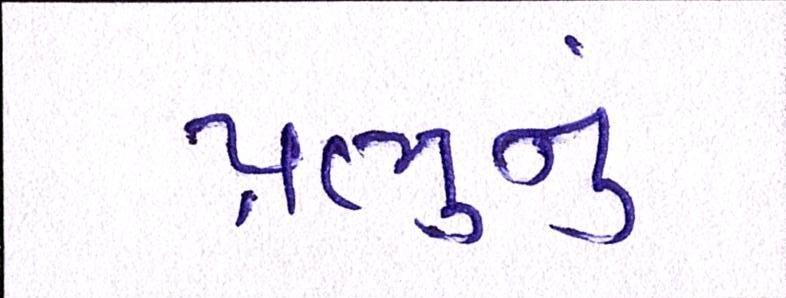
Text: પ્રભુનું